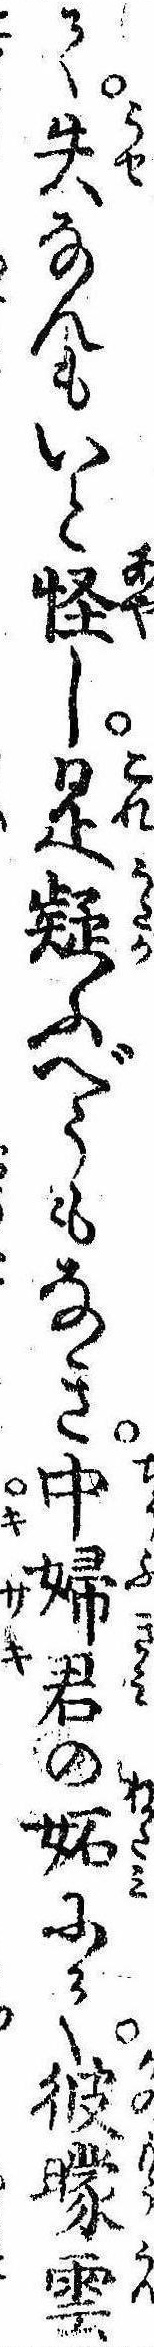
て失なんもいと怪し是疑ふべうもなき中婦君の妬にて彼曚雲